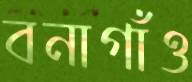
বনাগাঁও